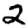
Digit: 2